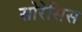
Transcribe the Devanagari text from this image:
सोरेसिस